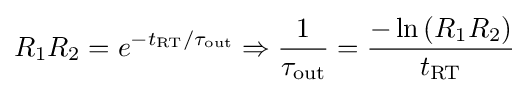
R_{1}R_{2}=e^{-t_{\rm {RT}}/\tau _{\rm {out}}}\Rightarrow {\frac {1}{\tau _{\rm {out}}}}={\frac {-\ln {(R_{1}R_{2})}}{t_{\rm {RT}}}}